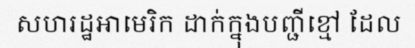
សហរដ្ឋអាមេរិក ដាក់ក្នុងបញ្ជីខ្មៅ ដែល